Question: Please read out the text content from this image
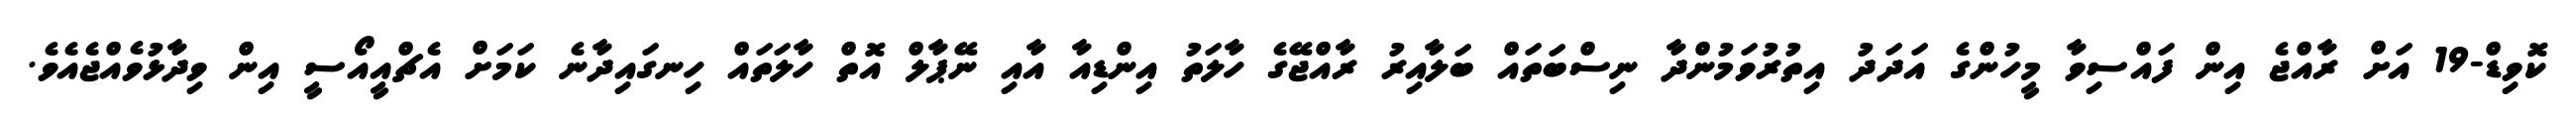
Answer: ކޮވިޑް-19 އަށް ރާއްޖެ އިން ފައްސިވާ މީހުންގެ އަދަދު އިތުރުވަމުންދާ ނިސްބަތައް ބަލާއިރު ރާއްޖޭގެ ހާލަތު އިންޑިއާ އާއި ނޭޕާލް އޮތް ހާލަތައް ހިނގައިދާނެ ކަމަށް އެޗްއީއޯސީ އިން ވިދާޅުވެއްޖެއެވެ.